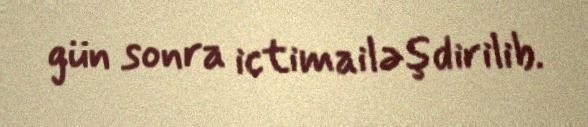
gün sonra ictimailəşdirilib.